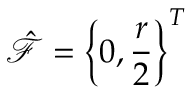
\boldsymbol { \hat { \mathcal { F } } } = \left\{ 0 , \frac { r } { 2 } \right\} ^ { T }